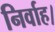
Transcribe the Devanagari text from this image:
निर्वाह।